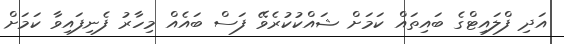
އަދި ފްލައިޓްގެ ބައިތައް ކަމަށް ޝައްކުކުރެވޭ ފަސް ބައެއް މިހާރު ފެނިފައިވާ ކަމަށް